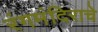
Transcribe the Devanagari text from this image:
रंगमंदिराचे